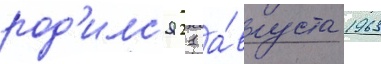
род'илс'я 21 а́вгуста 1963